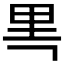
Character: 𰼘